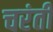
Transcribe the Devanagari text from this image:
चरंती